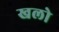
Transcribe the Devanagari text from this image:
खलो